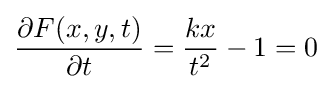
{\frac {\partial F(x,y,t)}{\partial t}}={\frac {kx}{t^{2}}}-1=0